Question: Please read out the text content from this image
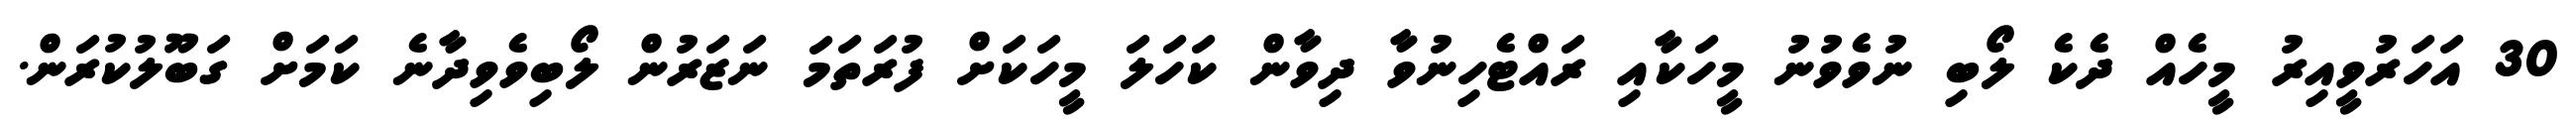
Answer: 30 އަހަރުވީއިރު މީހެއް ދެކެ ލޯބި ނުވެވުނު މީހަކާއި ރައްޓެހިނުވާ ދިވާން ކަހަލަ މީހަކަށް ފުރަތަމަ ނަޒަރުން ލޯބިވެވިދާނެ ކަމަށް ގަބޫލުކުރަން.